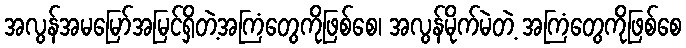
အလွန်အမမြော်အမြင်ရှိတဲ့အကြံတွေကိုဖြစ်စေ၊ အလွန်မိုက်မဲတဲ့ အကြံတွေကိုဖြစ်စေ